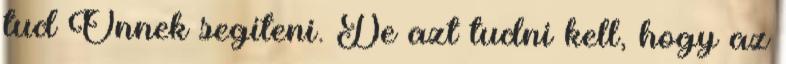
tud Önnek segíteni. De azt tudni kell, hogy az